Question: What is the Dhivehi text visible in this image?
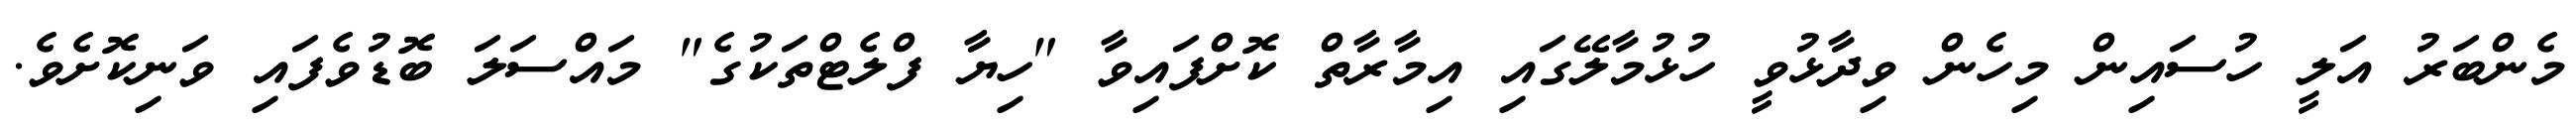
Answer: މެންބަރު އަލީ ހުސައިން މިހެން ވިދާޅުވީ ހުޅުމާލޭގައި އިމާރާތް ކޮށްފައިވާ "ހިޔާ ފްލެޓްތަކުގެ" މައްސަލަ ބޮޑުވެފައި ވަނިކޮށެވެ.